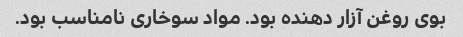
بوی روغن آزار دهنده بود. مواد سوخاری نامناسب بود.